Calcutta medical institutions reports 1871-78
Year: 1871
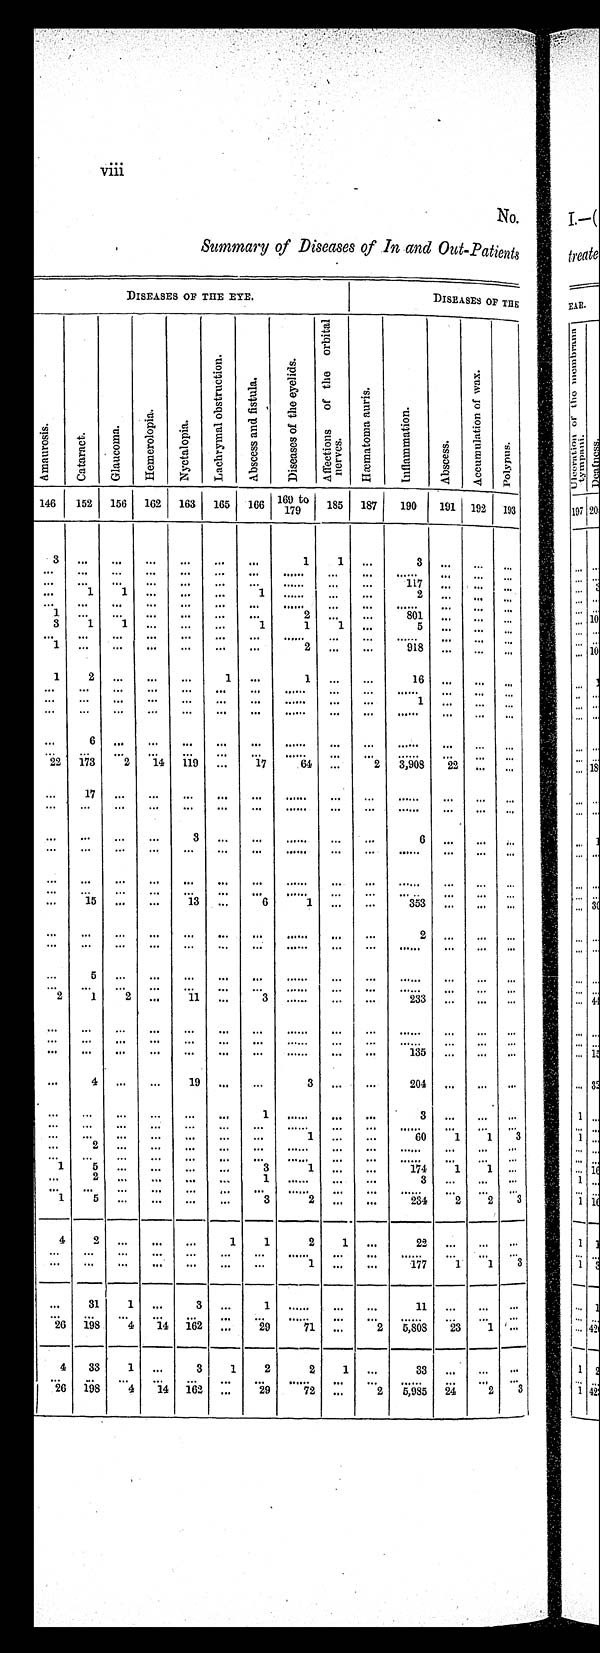
viii
No.
Summary of Diseases of In and Out-Patients
DISEASES OF THE EYE.
DISEASES OF THE
A m a u r o s i s .
Ca t a r a c t . Gl a u c o ma . H e m e r o l o p i a . Ny c t a l o p i a .
L a c h r y m a l o b s t r u c t i o n .
A b s c e s s a n d f i s t u l a .
D i s e a s e s o f t h e e y e l i d s .
A f f e c t i o n s o f t h e o r b i t a l n e r v e s . s
H æ m a t o m a a u r i s .
I n f l a m m a t i o n .
A b s c e s s .
A c c u m u l a t i o n o f w a x .
P o l y p u s .
146 152 156 162 163 165 166 169 to
179
185 187 190 191 192 193
3
. . .
. . .
. . .
. . .
. . .
. . .
1
1 ...
3 ... ... ...
. . .
. . . ... ...
... ... ...
. . . ... ...
. . .
. . .
. . .
. . .
. . .
. . .
. . .
. . .
. . .
. . .
. . .
. . . ... ...
117
. . .
. . .
. . .
...
1
1 ... ... ...
1
. . .
. . . ...
2
. . .
. . . ...
. . .
. . .
. . .
. . .
. . .
. . . ...
. . .
. . .
. . .
. . .
. . .
. . .
. . .
1
. . .
. . .
. . .
. . .
. . .
. . .
2
. . .
. . . 801
. . .
. . .
. . .
3
1
1
. . .
. . .
. . . 1
1
1 ...
5 ...
. . .
. . .
. . .
. . . ... ... ... ... ...
. . . ... ...
. . . ... ...
. . .
1
. . .
. . .
. . .
. . .
. . . ...
2 ... ...
918 ... ...
...
1
2 ... ... ...
1 ...
1
. . .
. . . 16 ... ... ...
. . .
. . . . . .
. . . ... ... ...
. . . ... ...
. . .
. . .
. . .
. . .
. . . . . . ... ... ... ... ...
. . . ... ...
1
. . .
. . .
. . .
. . .
. . .
. . .
. . .
. . .
. . .
. . .
. . .
. . .
. . .
. . .
. . .
. . .
. . .
. . .
6
. . .
. . .
. . .
. . .
. . .
. . .
. . .
. . .
. . .
. . .
. . .
. . .
. . .
. . .
. . .
. . .
. . . . . .
. . .
. . .
. . .
. . .
. . .
. . .
. . .
. . .
2 2
1 7 3
2
14 119
. . . 17
64
. . .
2 3,908 22
. . . . . .
. . .
1 7 . . .
. . .
. . .
. . . ...
. . . ... ...
. . .
. . .
. . .
. . .
. . .
. . .
. . .
. . .
. . .
. . . ...
. . . ... ...
. . . ... ... ...
...
. . .
. . .
. . .
3 ... ...
. . . ...
. . .
6
. . .
. . .
. . .
. . .
. . .
. . .
. . .
. . .
. . .
. . .
. . . ... ...
. . . ... ... ...
. . . ... ... ... ... ... ...
. . . ... ...
. . . ... ...
. . .
. . . ...
. . .
. . .
. . .
. . .
. . .
. . .
. . .
. . .
. . .
. . .
. . .
. . .
. . . 15
. . .
. . . 13 ...
6
1 ... ...
353 ... ... ...
. . .
. . .
. . .
. . .
. . .
. . .
. . .
. . .
. . .
. . .
2
. . .
. . .
. . .
. . .
. . .
. . .
. . . ... ...
...
. . . ... ...
. . . ... ... ...
. . .
5 ... ... ... .., .„
. . . ... ...
. . . ... „. ...
. . .
. . .
. . .
. . .
. . . ...
. . .
. . . ... ...
. . . ... ... ...
2
1
2
. . .
1 1
. . .
3
. . . ... ...
233 ... ... ...
...
...
. . . ... ... ...
... ...
. . . ... ...
. . . ... ... ...
. . . . . . ... ... ... ... ...
. . .
. . .
. . .
. . .
. . .
. . .
. . .
. . .
. . .
. . .
. . .
. . .
. . .
. . .
. . .
. . .
. . . 135 ... ...
. . .
. . .
4
. . .
. . . 19 ...
. . .
3
. . .
. . . 204
. . .
. . .
. . .
...
. . . ... ... ... ...
1
. . . ...
. . .
3
. . .
. . .
. . .
. . .
. . .
. . .
. . .
. . .
. . .
. . .
. . .
. . .
. . .
. . .
. . .
. . .
. . .
...
. . . ... ... ... ... ...
1
. . .
. . . 60
1
1 3
...
2 ... ... ... ... ...
. . .
. . .
. . .
. . . . . .
. . .
. . .
. . .
. . . ... ... ... ... ...
. . .
. . .
. . .
. . . ... ... ...
1
5 ... ... ...
. . .
3
1
. . .
. . . 174
1
1 . . .
. . .
2 . . . ... ... ...
1
. . .
. . . ...
3
. . .
. . .
. . .
. . .
. . .
. . .
. . .
. . .
. . .
. . .
. . .
. . .
. . .
. . .
. . .
. . .
. . .
1
5 ... ... ...
...
3
2
. . . ...
234
2
2 3
4
2
. . .
. . .
. . . 1
1
2
1
. . .
22
. . .
. . .
. . .
. . .
. . . . . . ... ...
... ...
. . .
. . . . . .
. . .
. . .
. . .
. . .
. . .
. . .
. . .
. . .
. . .
. . .
. . .
1 . . .
. . . 177
1
1
3
...
31
1 ...
3 ...
1
. . . ...
. . .
1 1
. . .
. . .
. . .
. . .
. . .
. . . ... ... ... ...
. . .
. . .
. . .
. . . . . .
. . .
. . .
2 6
1 9 8
4 14 162 ...
29
71 ...
2
5 , 8 0 8 23
1
. . .
4 33
1 ...
3
1
2
2
1
. . .
3 3
. . .
. . .
. . .
. . .
. . . ... ...
. . .
. . . ...
. . . ...
. . .
. . .
. . .
. . .
. . .
26
1 9 8
4 14 162
. . . 29
72
. . .
2
5 , 9 8 5 2 4
2
3